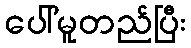
ပေါ်မူတည်ပြီး